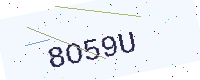
Text: 8O59U